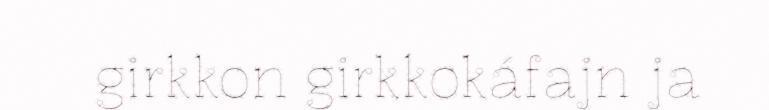
girkkon girkkokáfajn ja